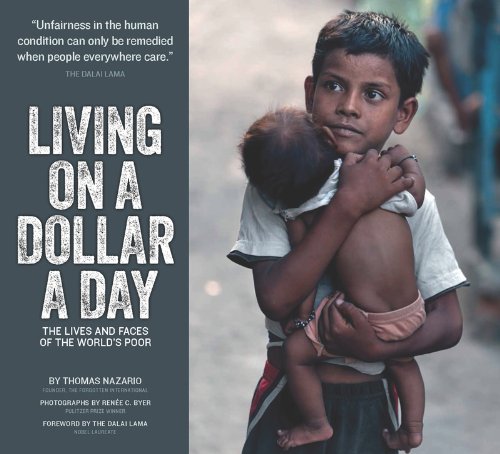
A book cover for Living on a Dollar a Day: The Lives and Faces of the World's Poor (First Edition); Thomas A. Nazario; Politics & Social Sciences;